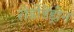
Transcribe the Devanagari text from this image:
रोडोडेंड्रोन